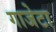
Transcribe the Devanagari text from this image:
गाजेटा